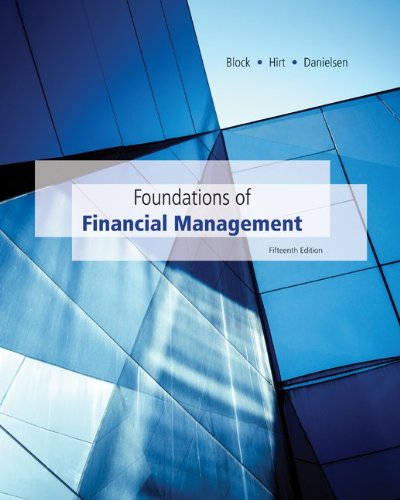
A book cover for Loose-Leaf Foundations of Financial Management with Time Value of Money card with Connect Access Card; Stanley Block; Business & Money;